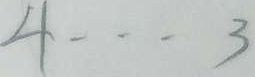
4 \cdots 3